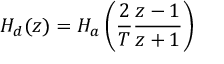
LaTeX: H _ { d } ( z ) = H _ { a } \left( { \frac { 2 } { T } } { \frac { z - 1 } { z + 1 } } \right)